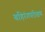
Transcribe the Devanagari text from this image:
बहिरंगपरीक्षण